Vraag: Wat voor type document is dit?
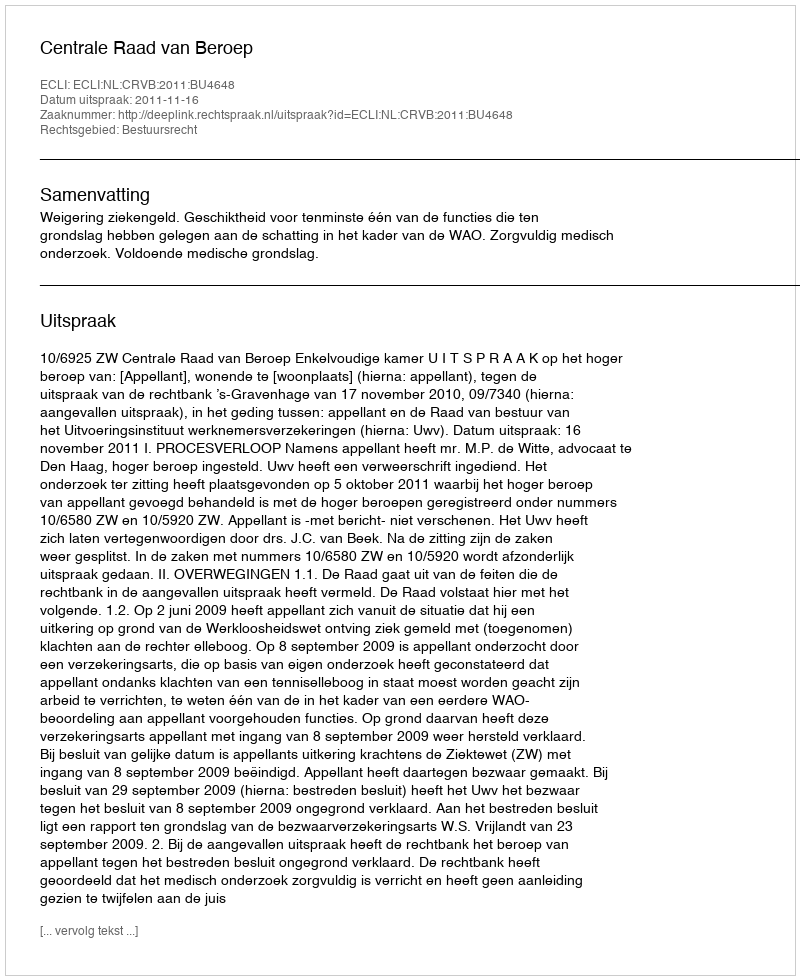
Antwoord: Uitspraak